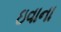
ઇવાના